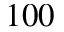
1 0 0